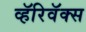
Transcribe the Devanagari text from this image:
व्हॅरिवॅक्स